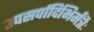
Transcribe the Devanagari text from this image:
उपसर्पादिभिर्मंत्रैः